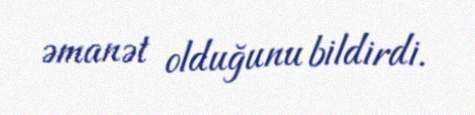
əmanət olduğunu bildirdi.